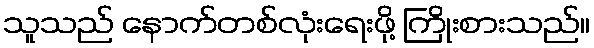
သူသည် နောက်တစ်လုံးရေးဖို့ ကြိုးစားသည်။